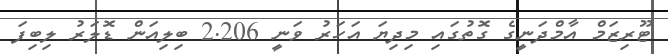
ޓޫރިޒަމް އާމްދަނީގެ ގޮތުގައި މިދިޔަ އަހަރު ވަނީ 2.206 ބިލިއަން ޑޮލަރު ލިބިފަ